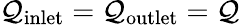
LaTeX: \mathcal{Q}_{\textrm{{inlet}}}=\mathcal{Q}_{\textrm{{outlet}}}=\mathcal{Q}